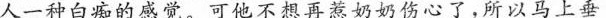
人一种白痴的感觉。可他不想再惹奶奶伤心了，所以马上垂